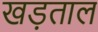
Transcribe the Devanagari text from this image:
खड़ताल